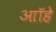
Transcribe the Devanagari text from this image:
आॉहे